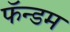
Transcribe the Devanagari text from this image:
फॅन्डम